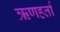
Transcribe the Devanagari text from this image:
ऋणहर्ता